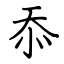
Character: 忝